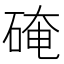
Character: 硽